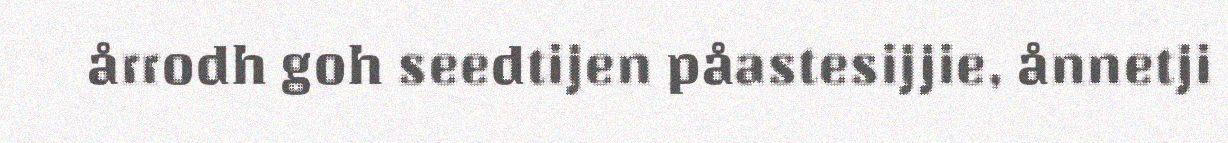
årrodh goh seedtijen påastesijjie, ånnetji